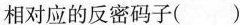
相对应的反密码子（）